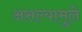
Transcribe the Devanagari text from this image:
असल्यामुले